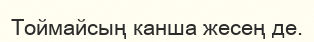
Тоймайсың канша жесең де.